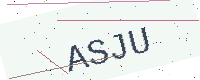
Text: ASJU